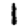
Digit: 1